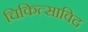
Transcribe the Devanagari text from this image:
चिकित्साविद